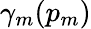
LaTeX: \gamma_{m}(p_{m})